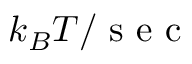
k _ { B } T / \mathrm { ~ s ~ e ~ c ~ }